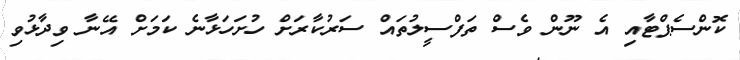
ކޮންސެޕްޓާއި އެ ނޫން ވެސް ތަފްސީލުތައް ސަރުކާރަށް ހުށަހަޅާނެ ކަމަށް އޭނާ ވިދާޅުވި